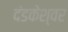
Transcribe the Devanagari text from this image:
दंडकेश्वर